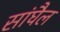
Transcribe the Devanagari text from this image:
सांघैल